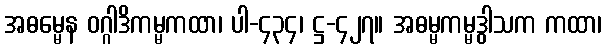
အဓမ္မေန ဝဂ္ဂါဒိကမ္မကထာ၊ ပါ-၄၃၄၊ ဋ္ဌ-၄၂၇။ အဓမ္မကမ္မဒွါသက ကထာ၊